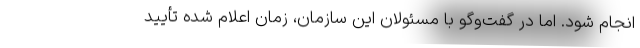
انجام شود. اما در گفت‌وگو با مسئولان این سازمان، زمان اعلام شده تأیید